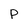
Character: P